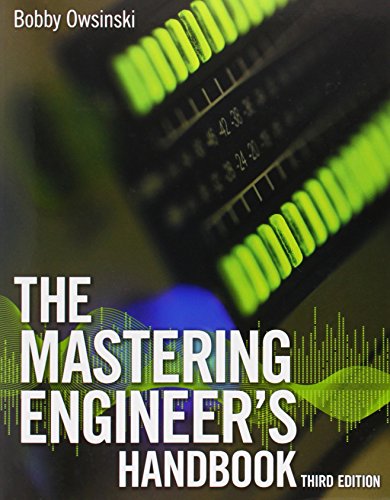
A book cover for The Mastering Engineer's Handbook; Bobby Owsinski; Arts & Photography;